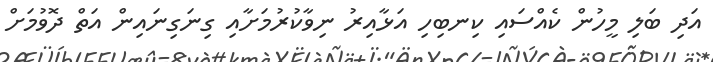
އަދި ބަލި މީހުން ކެއްސައި ކިނބިހި އަޅާއިރު ނިވާކުރުމަށާއި ގިނަގިނައިން އަތް ދޮވުމަށް